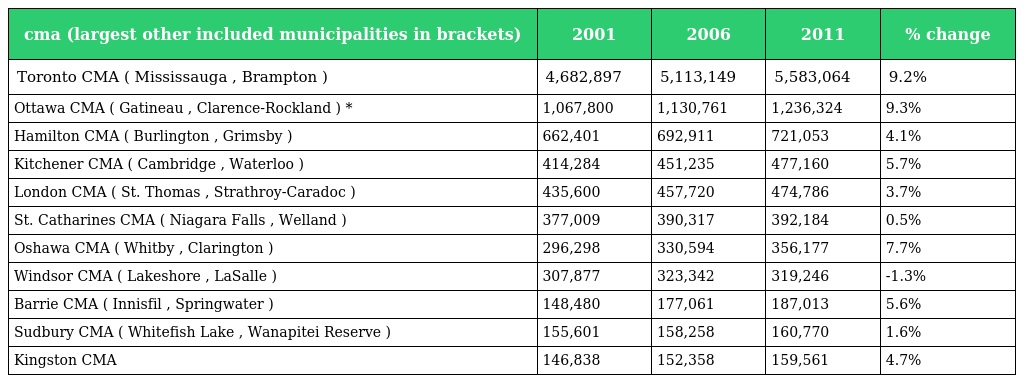
| cma (largest other included municipalities in brackets) | 2001 | 2006 | 2011 | % change |
 | --- | --- | --- | --- | --- |
 | Toronto CMA ( Mississauga , Brampton ) | 4,682,897 | 5,113,149 | 5,583,064 | 9.2% |
 | Ottawa CMA ( Gatineau , Clarence-Rockland ) * | 1,067,800 | 1,130,761 | 1,236,324 | 9.3% |
 | Hamilton CMA ( Burlington , Grimsby ) | 662,401 | 692,911 | 721,053 | 4.1% |
 | Kitchener CMA ( Cambridge , Waterloo ) | 414,284 | 451,235 | 477,160 | 5.7% |
 | London CMA ( St. Thomas , Strathroy-Caradoc ) | 435,600 | 457,720 | 474,786 | 3.7% |
 | St. Catharines CMA ( Niagara Falls , Welland ) | 377,009 | 390,317 | 392,184 | 0.5% |
 | Oshawa CMA ( Whitby , Clarington ) | 296,298 | 330,594 | 356,177 | 7.7% |
 | Windsor CMA ( Lakeshore , LaSalle ) | 307,877 | 323,342 | 319,246 | -1.3% |
 | Barrie CMA ( Innisfil , Springwater ) | 148,480 | 177,061 | 187,013 | 5.6% |
 | Sudbury CMA ( Whitefish Lake , Wanapitei Reserve ) | 155,601 | 158,258 | 160,770 | 1.6% |
 | Kingston CMA | 146,838 | 152,358 | 159,561 | 4.7% |